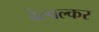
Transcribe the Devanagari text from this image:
बेल्वल्कर